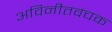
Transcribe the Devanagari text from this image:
अविनीतवंचक